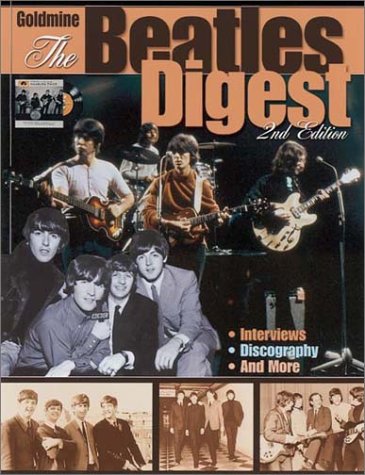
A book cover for The Beatles Digest (2nd Edition); Crafts, Hobbies & Home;